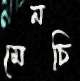
মেনচি